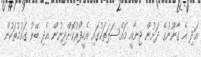
އަދި އެ ގާނޫނުގެ ދަށުން ޖިނާއީ މައްސަލަތަކުގައި އެހީފޯރުކޮށްދިނުން އެދި ބޭރު ގައުމުތަކުން